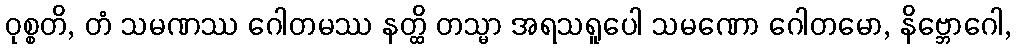
ဝုစ္စတိ, တံ သမဏဿ ဂေါတမဿ နတ္ထိ တသ္မာ အရသရူပေါ သမဏော ဂေါတမော, နိဗ္ဘောဂေါ,